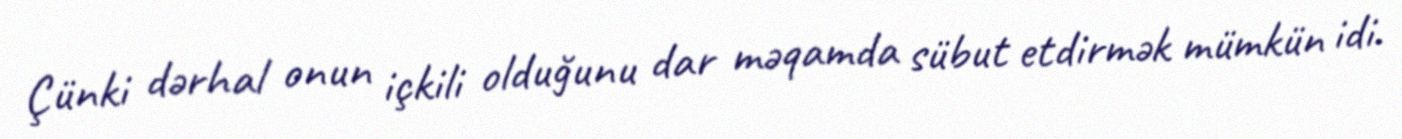
Çünki dərhal onun içkili olduğunu dar məqamda sübut etdirmək mümkün idi.